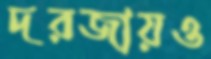
দরজায়ও